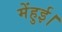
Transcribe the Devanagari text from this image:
मेंहुई।